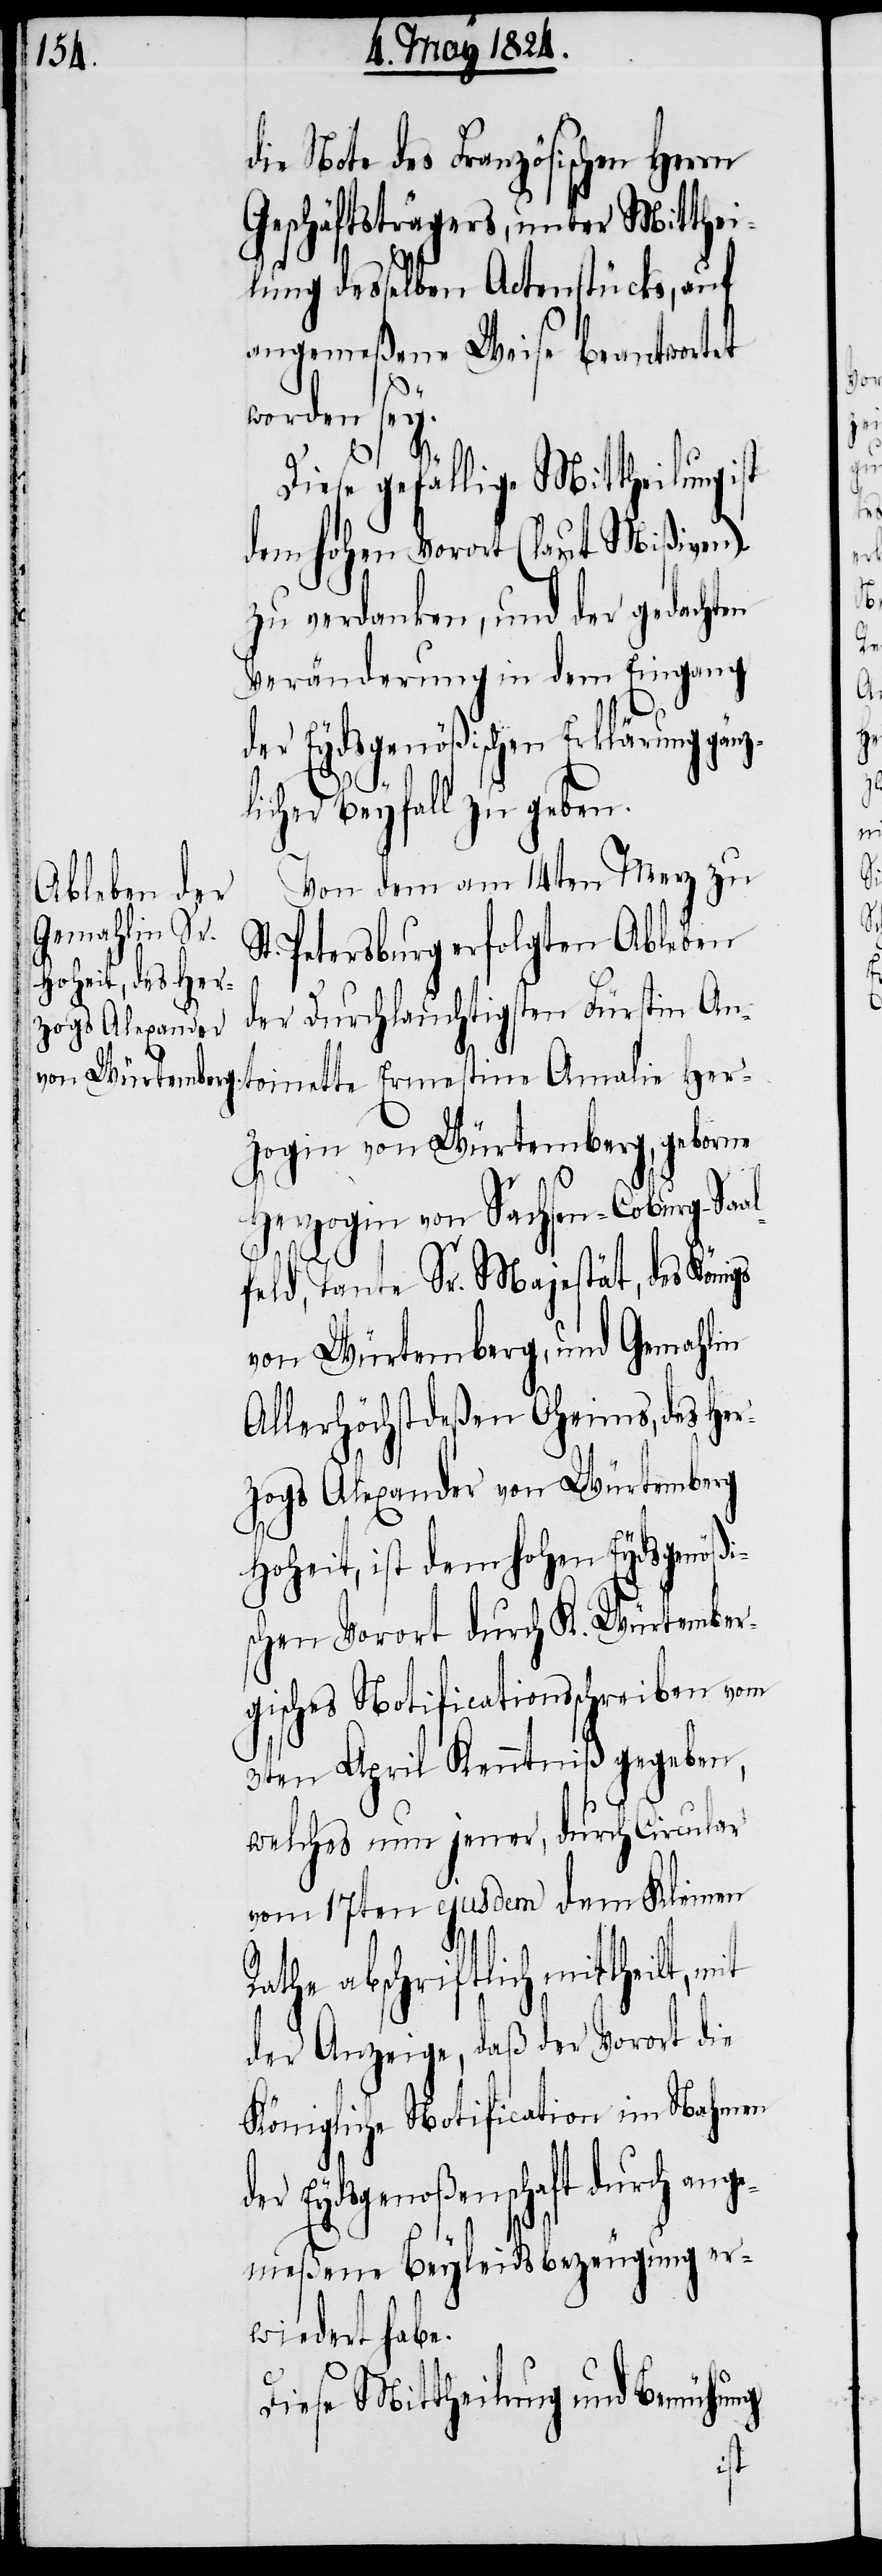
die Note des Französischen Herrn
Geschäftsträgers, unter Mitthei¬
lung desselben Actenstücks, auf
angemeßene Weise beantwortet
worden sey.
Diese gefällige Mittheilung
dem hohen Vorort (laut Mißiven)
zu verdanken, und der gedachten
Veränderung in dem Eingang
der Eydsgenößischen Erklärung gänz¬
d¬
licher Beyfall zu geben.
Von dem am 14ten Merz zu
St. Peterburg erfolgten Ableben
der Durchlauchigsten Fürstin An¬
toinette Ernestine Amalie Her¬
zogin von Würtemberg, geborene
Herzogin von Sachsen-Coburg-Sa¬
feld, Tante Sr. Majestät, des Königs
von Würtemberg, und Gemahlin
Allerhöchstdeßen Oheims, des Her¬
zogs Alexander von Würtemberg
Hoheit, ist dem hohen Eydsgenößi¬
schen Vorort durch K. Würtember¬
gisches Notificationsschreiben vom
3ten April Kenntniß gegeben,
welches nun jener, durch Circular
vom 17ten ejusdem dem Kleinen
Rathe abschriftlich mittheilt, m¬
der Anzeige, daß der Vorort die
Königliche Notification im Nahmen
er Eydsgenoßenschaft durch an¬
gemeßene Beyleidsbezeugung er¬
wiedert habe.
Diese Mittheilung und Bemühung
it